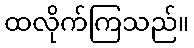
ထလိုက်ကြသည်။